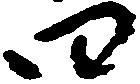
四